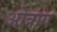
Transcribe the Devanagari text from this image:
ओत्राग